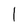
Character: 1